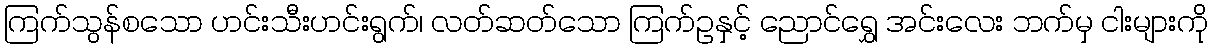
ကြက်သွန်စသော ဟင်းသီးဟင်းရွက်၊ လတ်ဆတ်သော ကြက်ဥနှင့် ညောင်ရွှေ အင်းလေး ဘက်မှ ငါးများကို